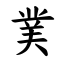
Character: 菐